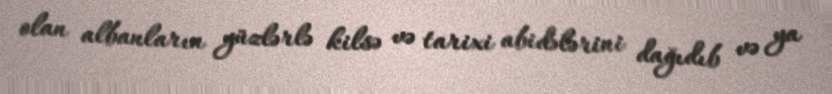
olan albanların yüzlərlə kilsə və tarixi abidələrini dağıdıb və ya